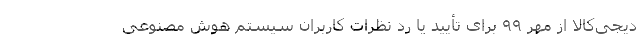
دیجی‌کالا از مهر ۹۹ برای تأیید یا رد نظرات کاربران سیستم هوش مصنوعی